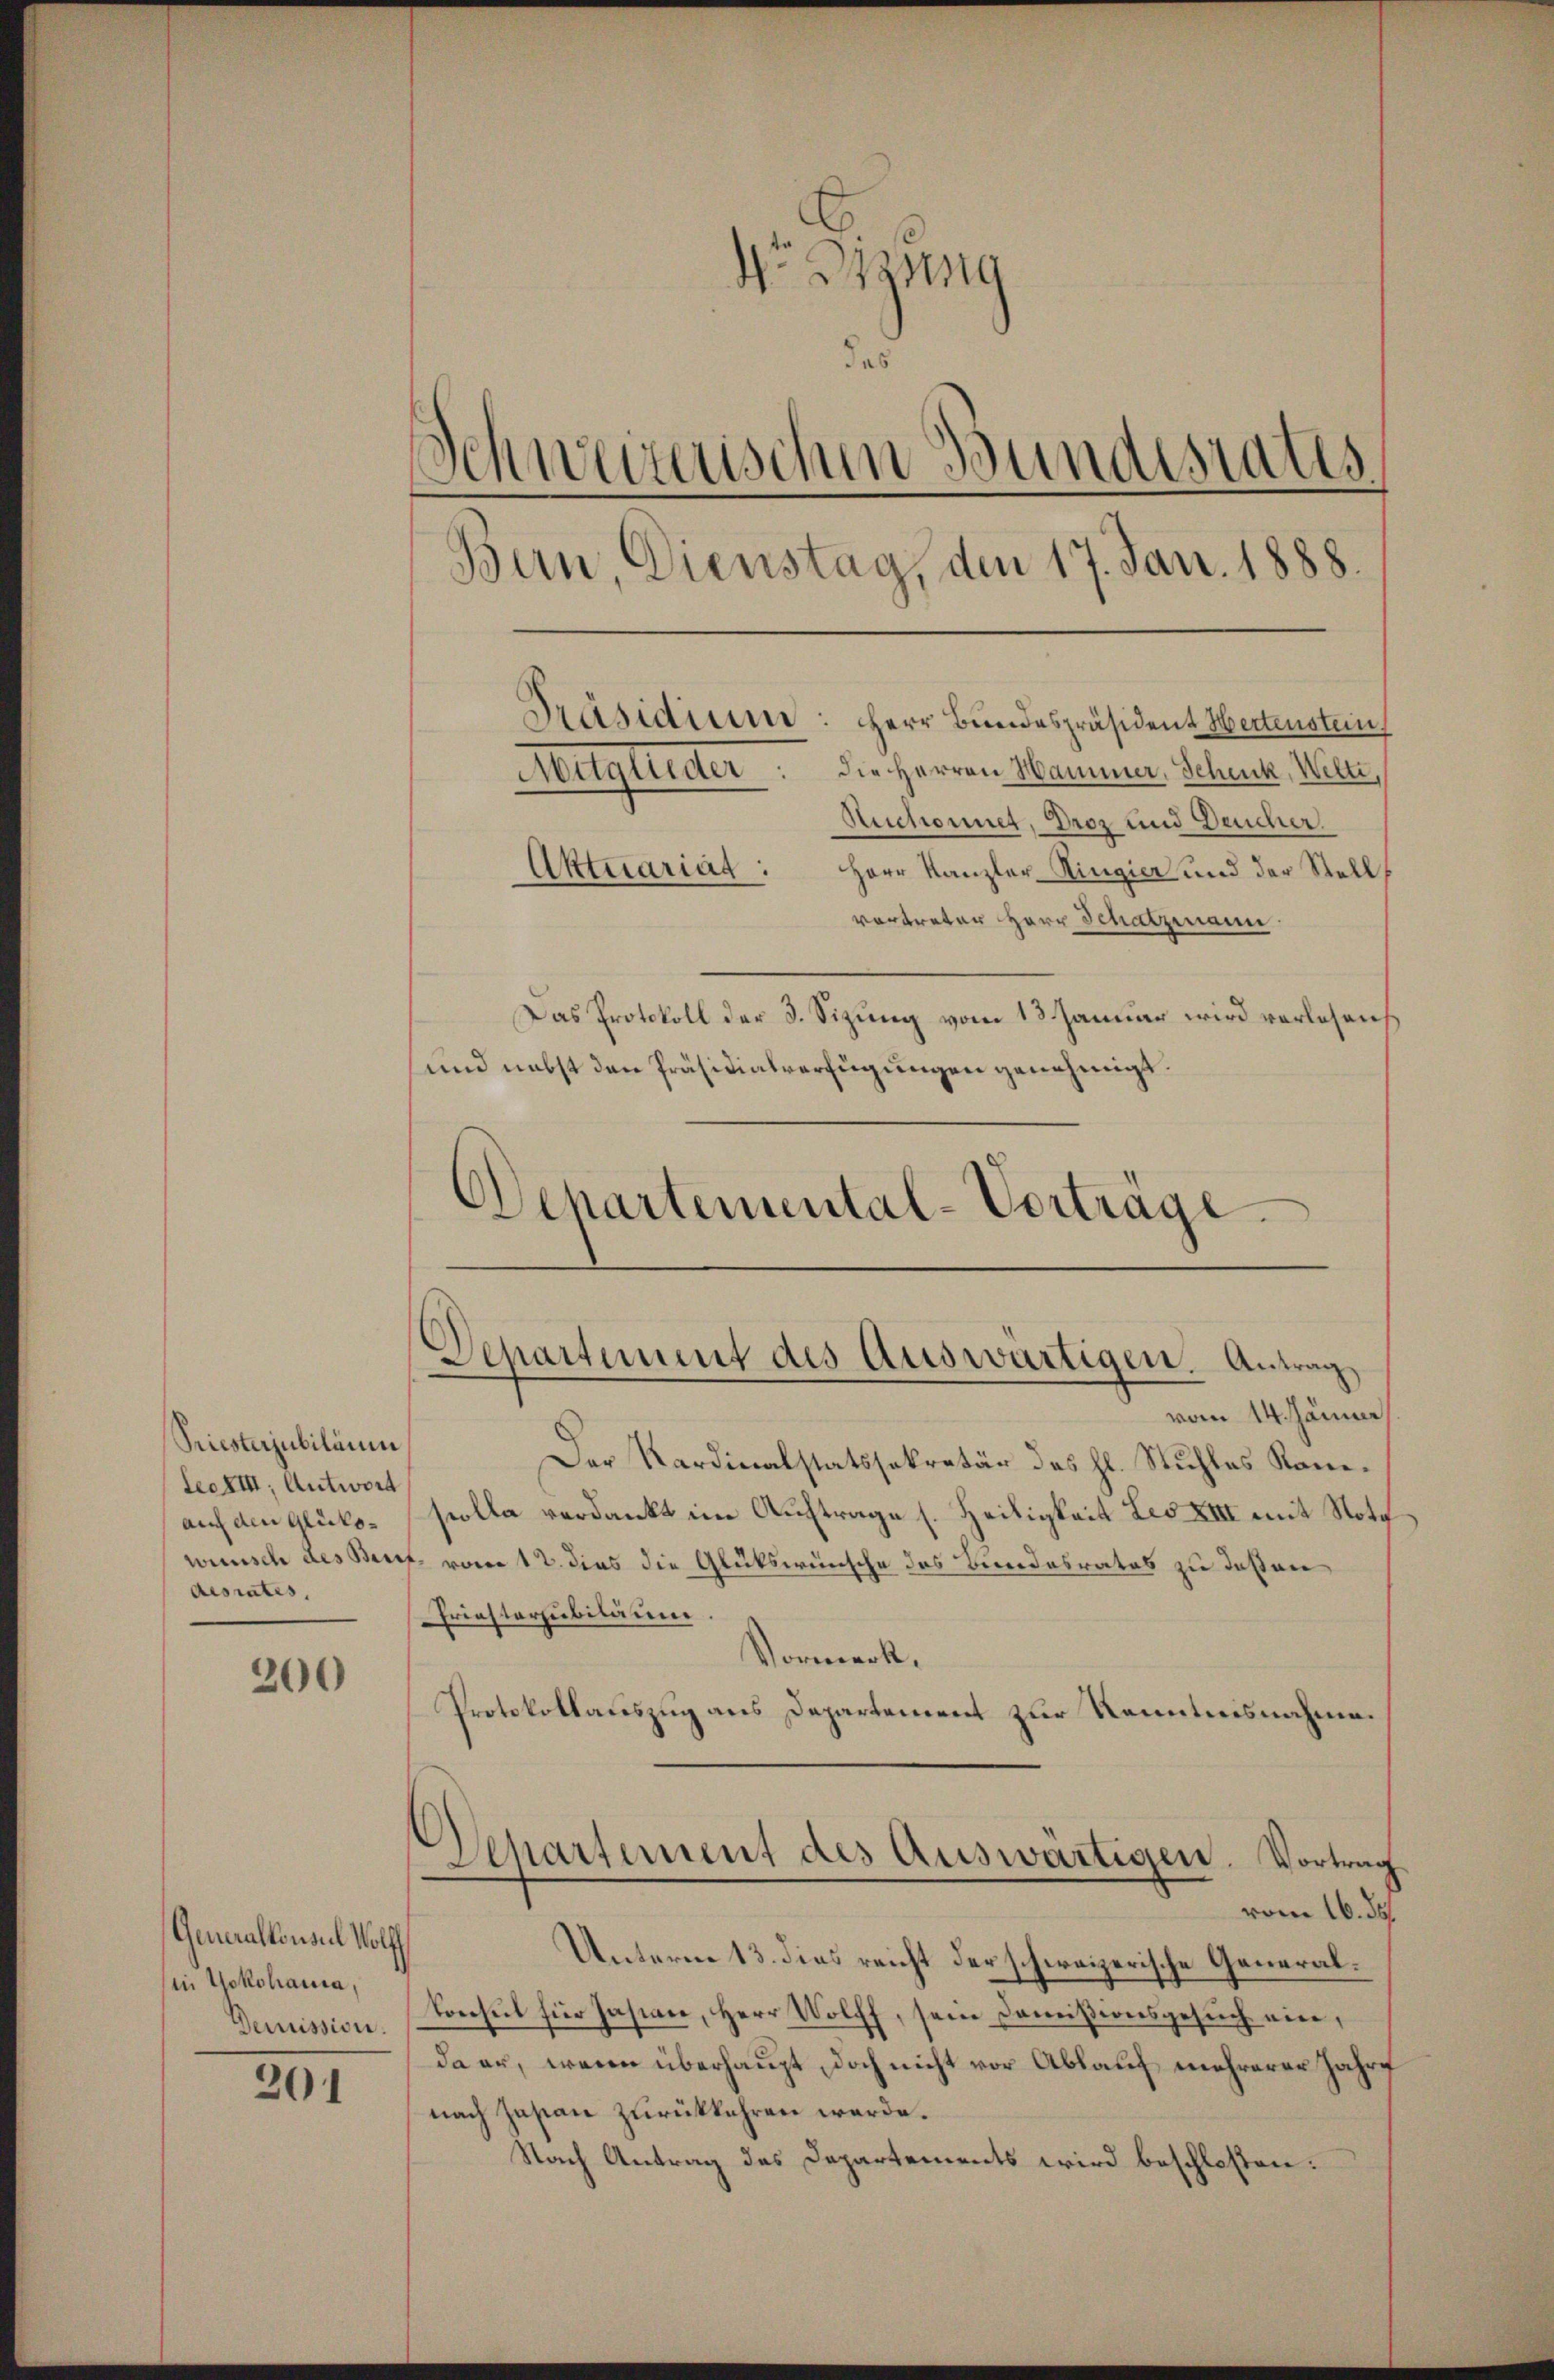
Priesterjubiläum
lecki, Antwort
au den Glücko-
wünsch des Beis
desrates,

200

Generalkonsul Wolff
in Yokohauia,
Demission.

201

No Bizung
das
Schweizerischen Bundesrates
Bern, Dienstag, den 17. Jan. 1888.
Präsidium: Herr Bundespräsident Wertenstein
Mitglieder. Die Herren Hammer, Schenk, Welte,
Nuchonnet, Droz und Deucher
Aktuariat: Herr Kanzler Ringier und der Stell

vertreten Herr Schatzmann
Das Protokoll der 3. Sizung vom 13. Januar wird verlesen
und nebst den Präsidialverfügungen genehmigt.

Departemental-Vorträge
.
Departement des Auswärtigen. Antrag

vom 14. Jänner

Der Kardinalstatssekretär des hl. Stuhles Kanscolla verdankt im Auftrage s. Heiligkeit Les XIII mit Noth
f. vom 12. dies die Glükswünsche des Bundesrates zu deßen
Friesterjubiläum
Vormerk.
Protokollauszug aus Departement zur Kenntnisnahme.
Separtement des Auswärtigen. Vortrag
vom 16. ds.
Unterm 13. dies reicht der schweizerische General¬
Consul für Jasian, Herr Wolff, sein Dommißionsgesuch ein,
da er, wenn überhaupt, doch nicht vor Ablauf mehrerer Jahre
nach Jasian zurükkehren werde.
Nach Antrag des Departements wird beschloßen: